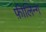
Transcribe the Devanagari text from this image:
फ़ीलिन्ग